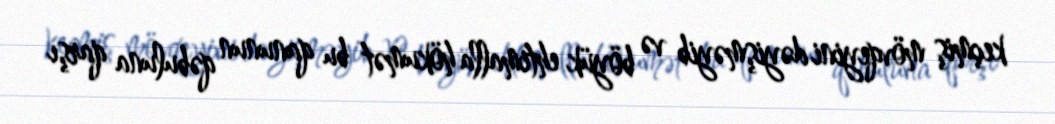
keçmiş mövqeyini dəyişməyib və böyük ehtimalla hökumət bu qanunun qəbuluna qarşı